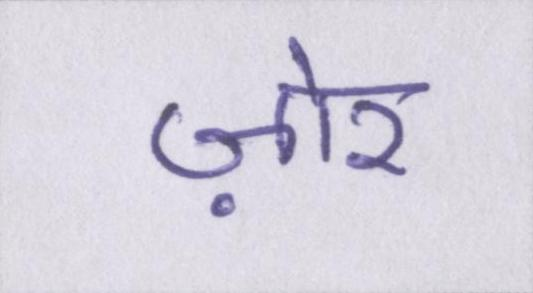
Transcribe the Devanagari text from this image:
ज़ोर